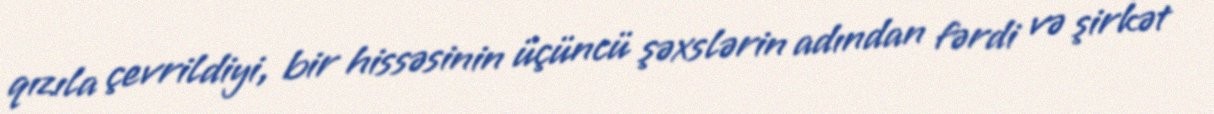
qızıla çevrildiyi, bir hissəsinin üçüncü şəxslərin adından fərdi və şirkət